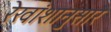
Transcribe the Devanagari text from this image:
रेखांशानुसार